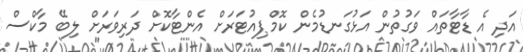
އަދި އެ ޑާޓާތައް ވަގުތުން އަޅުގަނޑުމެން ކޮމްޕިއުޓަރަށް އެންޓާކޮށް ދަރިވަރަށް ލިބޭ މާކްސް